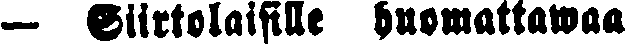
— Siirtolaisille huomattawaa